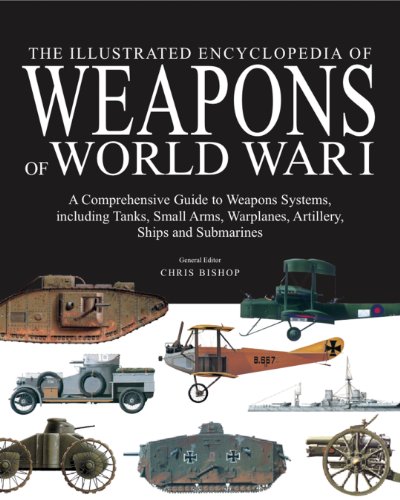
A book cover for The Illustrated Encyclopedia of Weapons of World War I: The Comprehensive Guide to Weapons Systems, including Tanks, Small Arms, Warplanes, Artillery, Ships and Submarines; Chris Bishop; History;